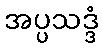
အပ္ပသဒ္ဒံ